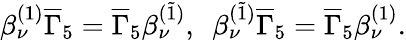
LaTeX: \beta_{\nu}^{(1)}\overline{{{\Gamma}}}_{5}=\overline{{{\Gamma}}}_{5}\beta_{\nu}^{(\widetilde{1})},~~\beta_{\nu}^{(\widetilde{1})}\overline{{{\Gamma}}}_{5}=\overline{{{\Gamma}}}_{5}\beta_{\nu}^{(1)}.